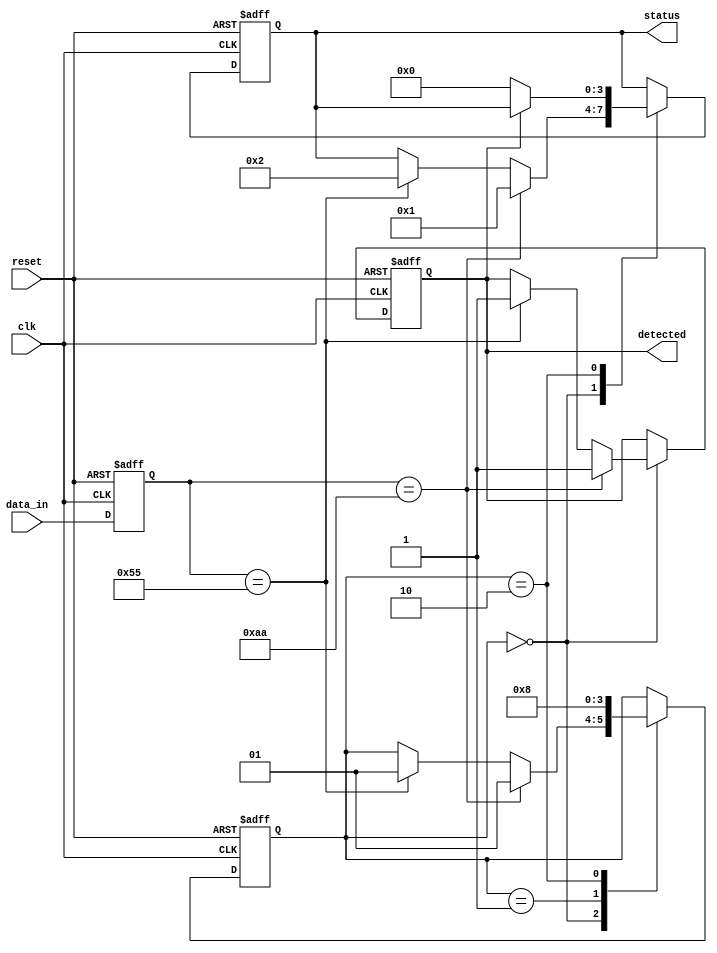
module FlipFlopDetector (
    input wire clk,               // Clock signal
    input wire reset,             // Reset signal
    input wire [N-1:0] data_in,   // Input data lines from memory block
    output reg detected,          // Output signal indicating flip-flop presence
    output reg [M-1:0] status     // Status signal for specific locations/types
);
    parameter N = 8;              // Number of input data lines
    parameter M = 4;              // Number of status bits
    parameter PATTERN1 = 8'b10101010; // Example pattern for flip-flop detection
    parameter PATTERN2 = 8'b01010101; // Another example pattern

    // Internal signals for pattern recognition
    reg [N-1:0] data_reg;         // Register to hold sampled data
    reg [1:0] stage;              // Stage for cascading detection

    // Reset logic and data sampling
    always @(posedge clk or posedge reset) begin
        if (reset) begin
            detected <= 0;
            status <= 0;
            data_reg <= 0;
            stage <= 0;
        end else begin
            // Sample the input data
            data_reg <= data_in;

            // Pattern recognition logic
            case (stage)
                2'b00: begin
                    if (data_reg == PATTERN1) begin
                        detected <= 1;
                        status <= 4'b0001; // Indicate pattern 1 detected
                        stage <= 2'b01;    // Move to next stage
                    end else if (data_reg == PATTERN2) begin
                        detected <= 1;
                        status <= 4'b0010; // Indicate pattern 2 detected
                        stage <= 2'b01;    // Move to next stage
                    end
                end
                2'b01: begin
                    // Further analysis can be added here
                    // For example, checking for additional patterns
                    detected <= detected; // Maintain detection state
                    stage <= 2'b10;       // Move to final stage
                end
                2'b10: begin
                    // Final stage processing
                    // Reset detection if no patterns found
                    if (!detected) begin
                        status <= 0; // Clear status if no detection
                    end
                    // Reset stage for next cycle
                    stage <= 2'b00;
                end
            endcase
        end
    end
endmodule